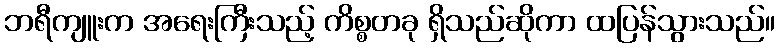
ဘရီကျူးက အရေးကြီးသည့် ကိစ္စတခု ရှိသည်ဆိုကာ ထပြန်သွားသည်။